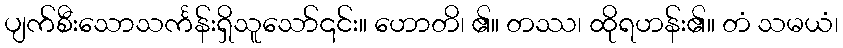
ပျက်စီးသောသင်္ကန်းရှိသူသော်၎င်း။ ဟောတိ၊ ၏။ တဿ၊ ထိုရဟန်း၏။ တံ သမယံ၊